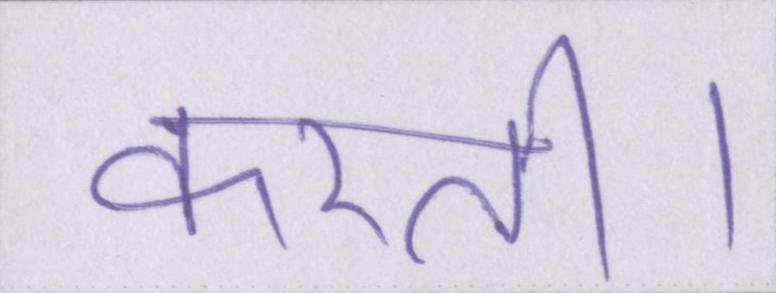
करती।